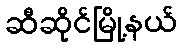
ဆီဆိုင်မြို့နယ်